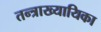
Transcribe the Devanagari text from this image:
तन्त्राख्यायिका